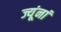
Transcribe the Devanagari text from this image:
ज्यूंनां